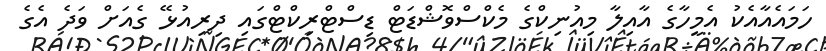
ހަމައެއާއެކު އެމީހާގެ އާއިލާ މިއުނިކްގެ މެކްސްވޮޝްޑަޓް ޑިސްޓްރިކްޓްގައި ދިރިއުޅޭ ގެއަށް ވަދެ އެގެ